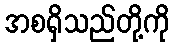
အစရှိသည်တို့ကို